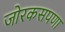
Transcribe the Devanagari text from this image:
जोरकसपणा